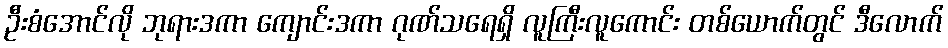
ဦးစံအောင်လို ဘုရားဒကာ ကျောင်းဒကာ ဂုဏ်သရေရှိ လူကြီးလူကောင်း တစ်ယောက်တွင် ဒီလောက်